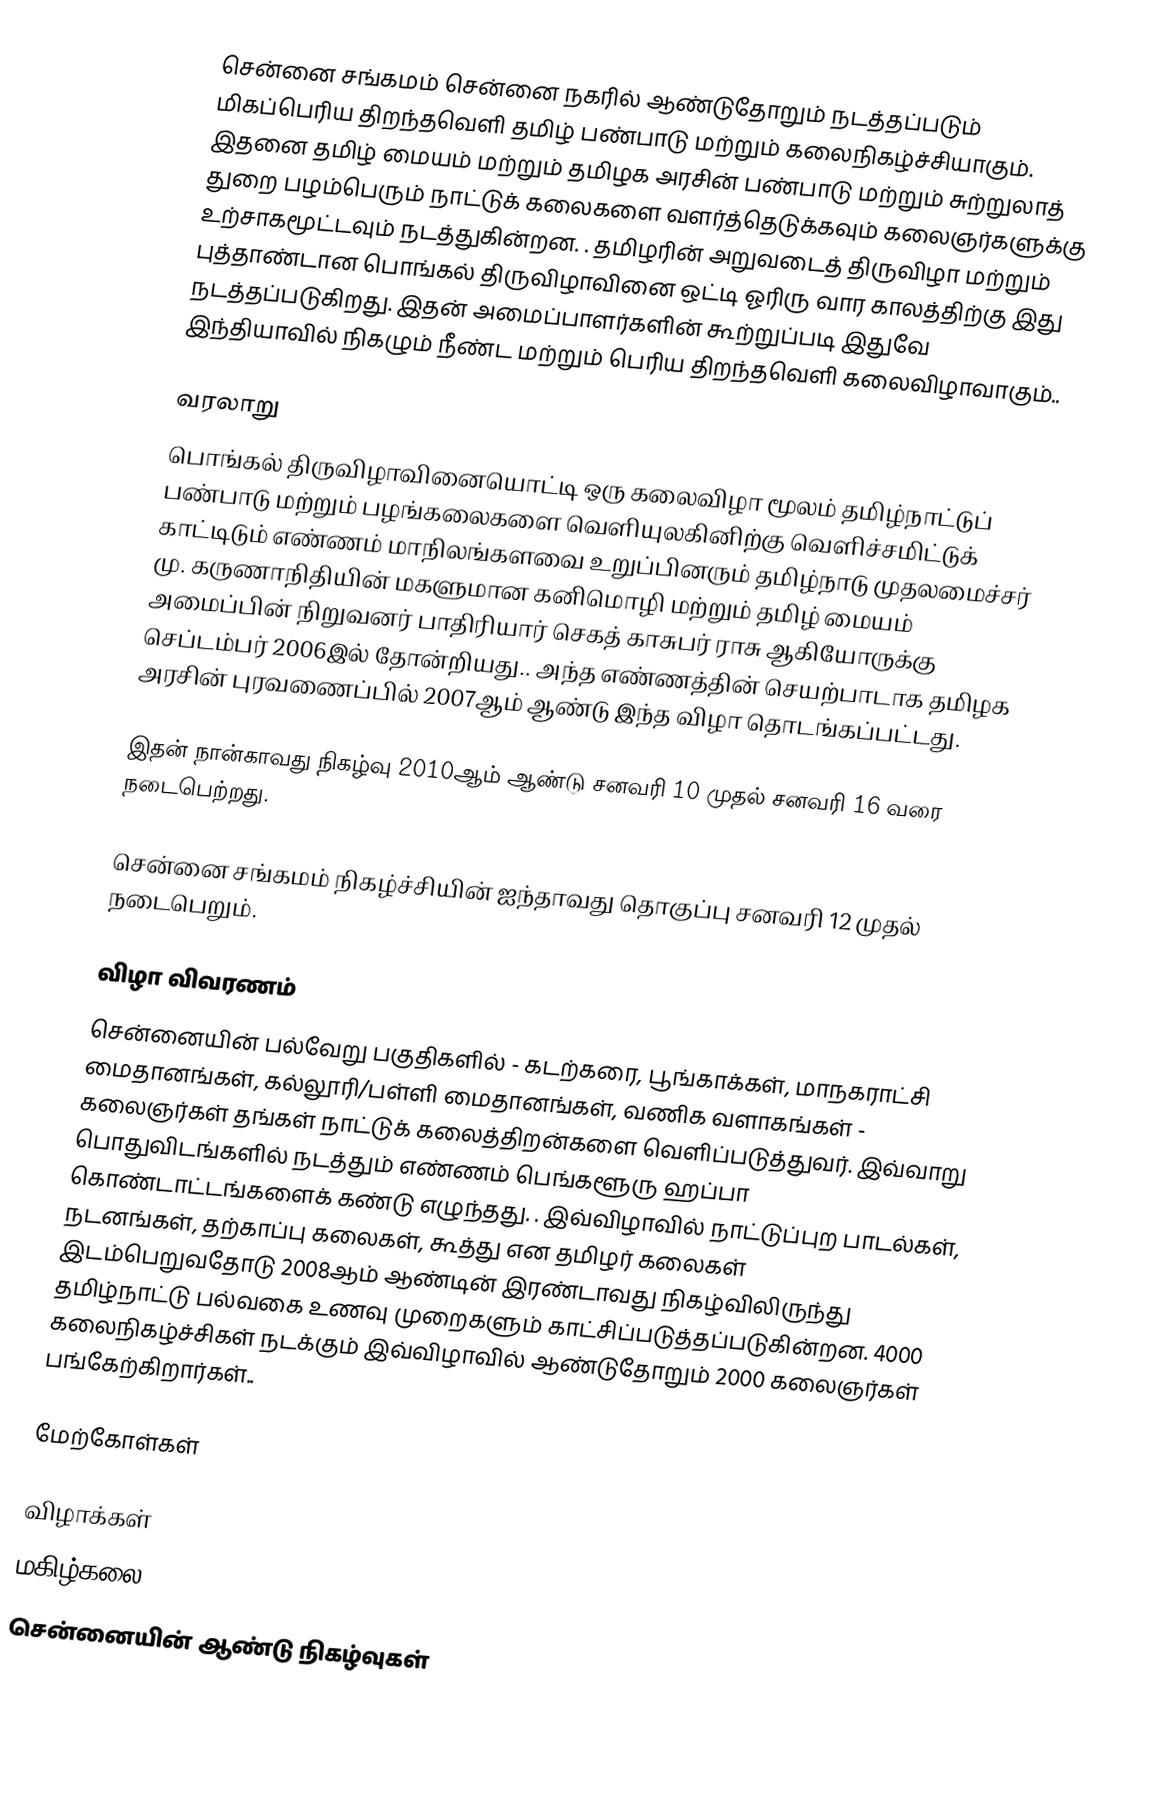
சென்னை சங்கமம் சென்னை நகரில் ஆண்டுதோறும் நடத்தப்படும் மிகப்பெரிய திறந்தவெளி தமிழ் பண்பாடு மற்றும் கலைநிகழ்ச்சியாகும். இதனை தமிழ் மையம் மற்றும் தமிழக அரசின் பண்பாடு மற்றும் சுற்றுலாத் துறை பழம்பெரும் நாட்டுக் கலைகளை வளர்த்தெடுக்கவும் கலைஞர்களுக்கு உற்சாகமூட்டவும் நடத்துகின்றன. . தமிழரின் அறுவடைத் திருவிழா மற்றும் புத்தாண்டான பொங்கல் திருவிழாவினை ஒட்டி ஓரிரு வார காலத்திற்கு இது நடத்தப்படுகிறது. இதன் அமைப்பாளர்களின் கூற்றுப்படி இதுவே இந்தியாவில் நிகழும் நீண்ட மற்றும் பெரிய திறந்தவெளி கலைவிழாவாகும்..

வரலாறு
பொங்கல் திருவிழாவினையொட்டி ஒரு கலைவிழா மூலம் தமிழ்நாட்டுப் பண்பாடு மற்றும் பழங்கலைகளை வெளியுலகினிற்கு வெளிச்சமிட்டுக் காட்டிடும் எண்ணம்  மாநிலங்களவை உறுப்பினரும் தமிழ்நாடு முதலமைச்சர் மு. கருணாநிதியின் மகளுமான கனிமொழி மற்றும் தமிழ் மையம் அமைப்பின் நிறுவனர் பாதிரியார் செகத் காசுபர் ராசு ஆகியோருக்கு செப்டம்பர் 2006இல் தோன்றியது.. அந்த எண்ணத்தின் செயற்பாடாக தமிழக அரசின் புரவணைப்பில் 2007ஆம் ஆண்டு இந்த விழா தொடங்கப்பட்டது.

இதன் நான்காவது நிகழ்வு 2010ஆம் ஆண்டு சனவரி 10 முதல் சனவரி 16 வரை நடைபெற்றது.

சென்னை சங்கமம் நிகழ்ச்சியின் ஐந்தாவது தொகுப்பு சனவரி 12 முதல் நடைபெறும்.

விழா விவரணம்
சென்னையின் பல்வேறு பகுதிகளில் - கடற்கரை, பூங்காக்கள், மாநகராட்சி மைதானங்கள், கல்லூரி/பள்ளி மைதானங்கள், வணிக வளாகங்கள் - கலைஞர்கள் தங்கள் நாட்டுக் கலைத்திறன்களை வெளிப்படுத்துவர். இவ்வாறு பொதுவிடங்களில் நடத்தும் எண்ணம் பெங்களூரு ஹப்பா கொண்டாட்டங்களைக் கண்டு எழுந்தது. . இவ்விழாவில் நாட்டுப்புற பாடல்கள், நடனங்கள், தற்காப்பு கலைகள், கூத்து என தமிழர் கலைகள் இடம்பெறுவதோடு 2008ஆம் ஆண்டின் இரண்டாவது நிகழ்விலிருந்து தமிழ்நாட்டு பல்வகை உணவு முறைகளும் காட்சிப்படுத்தப்படுகின்றன. 4000 கலைநிகழ்ச்சிகள் நடக்கும் இவ்விழாவில் ஆண்டுதோறும் 2000 கலைஞர்கள் பங்கேற்கிறார்கள்..

மேற்கோள்கள்

விழாக்கள்
மகிழ்கலை
சென்னையின் ஆண்டு நிகழ்வுகள்